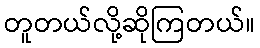
တူတယ်လို့ဆိုကြတယ်။